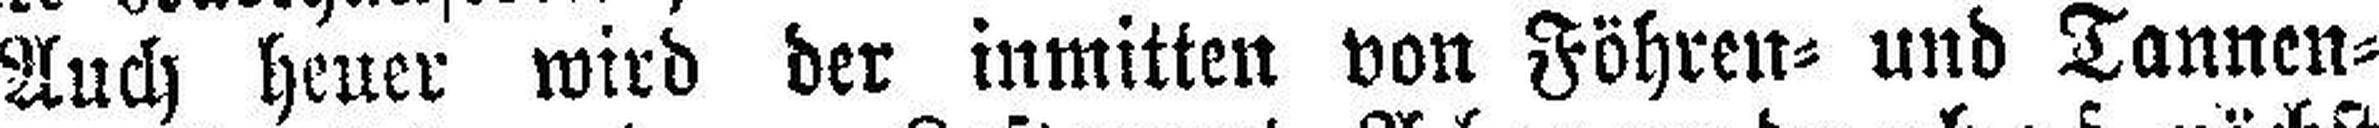
Auch heuer wird der inmitten von Föhren= und Tannen¬